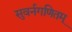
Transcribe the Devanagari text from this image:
सुवर्नगणितम्